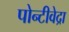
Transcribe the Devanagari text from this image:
पोन्टीवेद्रा